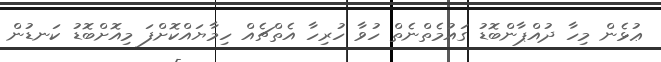
ޢުޅެން މިހާ ދުއްޕާންބޮޑު ގައުމެތްނެތް ހުވާ ހުރިހާ އެތްޗެއް ހިމާޔައްކޮށްފަ މިއޮށްބޮޑު ކަނޑުން